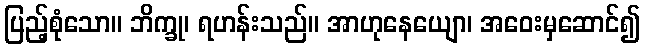
ပြည့်စုံသော။ ဘိက္ခု၊ ရဟန်းသည်။ အာဟုနေယျော၊ အဝေးမှဆောင်၍